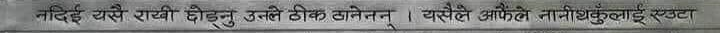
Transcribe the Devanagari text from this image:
नदिई यत्थे राखी छोड्नु उस्तै ठीक ठान्छन् । यसैले आफ्नै लाशहरुलाई खट